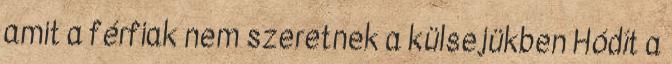
amit a férfiak nem szeretnek a külsejükben Hódít a